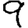
Digit: 9